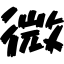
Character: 微